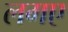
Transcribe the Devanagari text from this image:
लगए